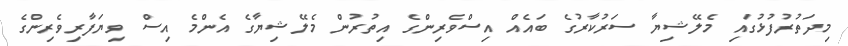
މިދަތުރުފުޅުގައި މެލޭޝިޔާ ސަރުކާރުގެ ބައެއް އިސްވެރިންގެ އިތުރުން މެލޭޝިޔާގެ އެންމެ އިސް ވިޔަފާރިވެރިންގެ